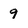
Character: 9